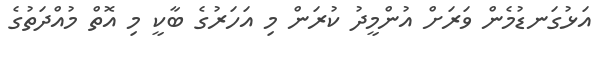
އަޅުގަނޑުމެން ވަރަށް އުންމީދު ކުރަން މި އަހަރުގެ ބާކީ މި އޮތް މުއްދަތުގެ